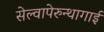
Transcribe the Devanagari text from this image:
सेल्वापेरुन्थागाई